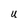
Character: U